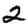
Digit: 2